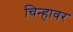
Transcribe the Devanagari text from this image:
चिन्हावर